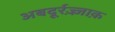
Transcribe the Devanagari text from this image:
अबदूर्रज़्ज़ाक़